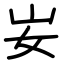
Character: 𡚴